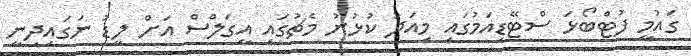
ގައުމީ ފުޓްބޯޅަ ސްޓޭޑިއަމުގައި މިއަދު ކުޅުނު މެޗުގައި އީގަލްސް އަށް ލީޑު ނަގައިދިނީ